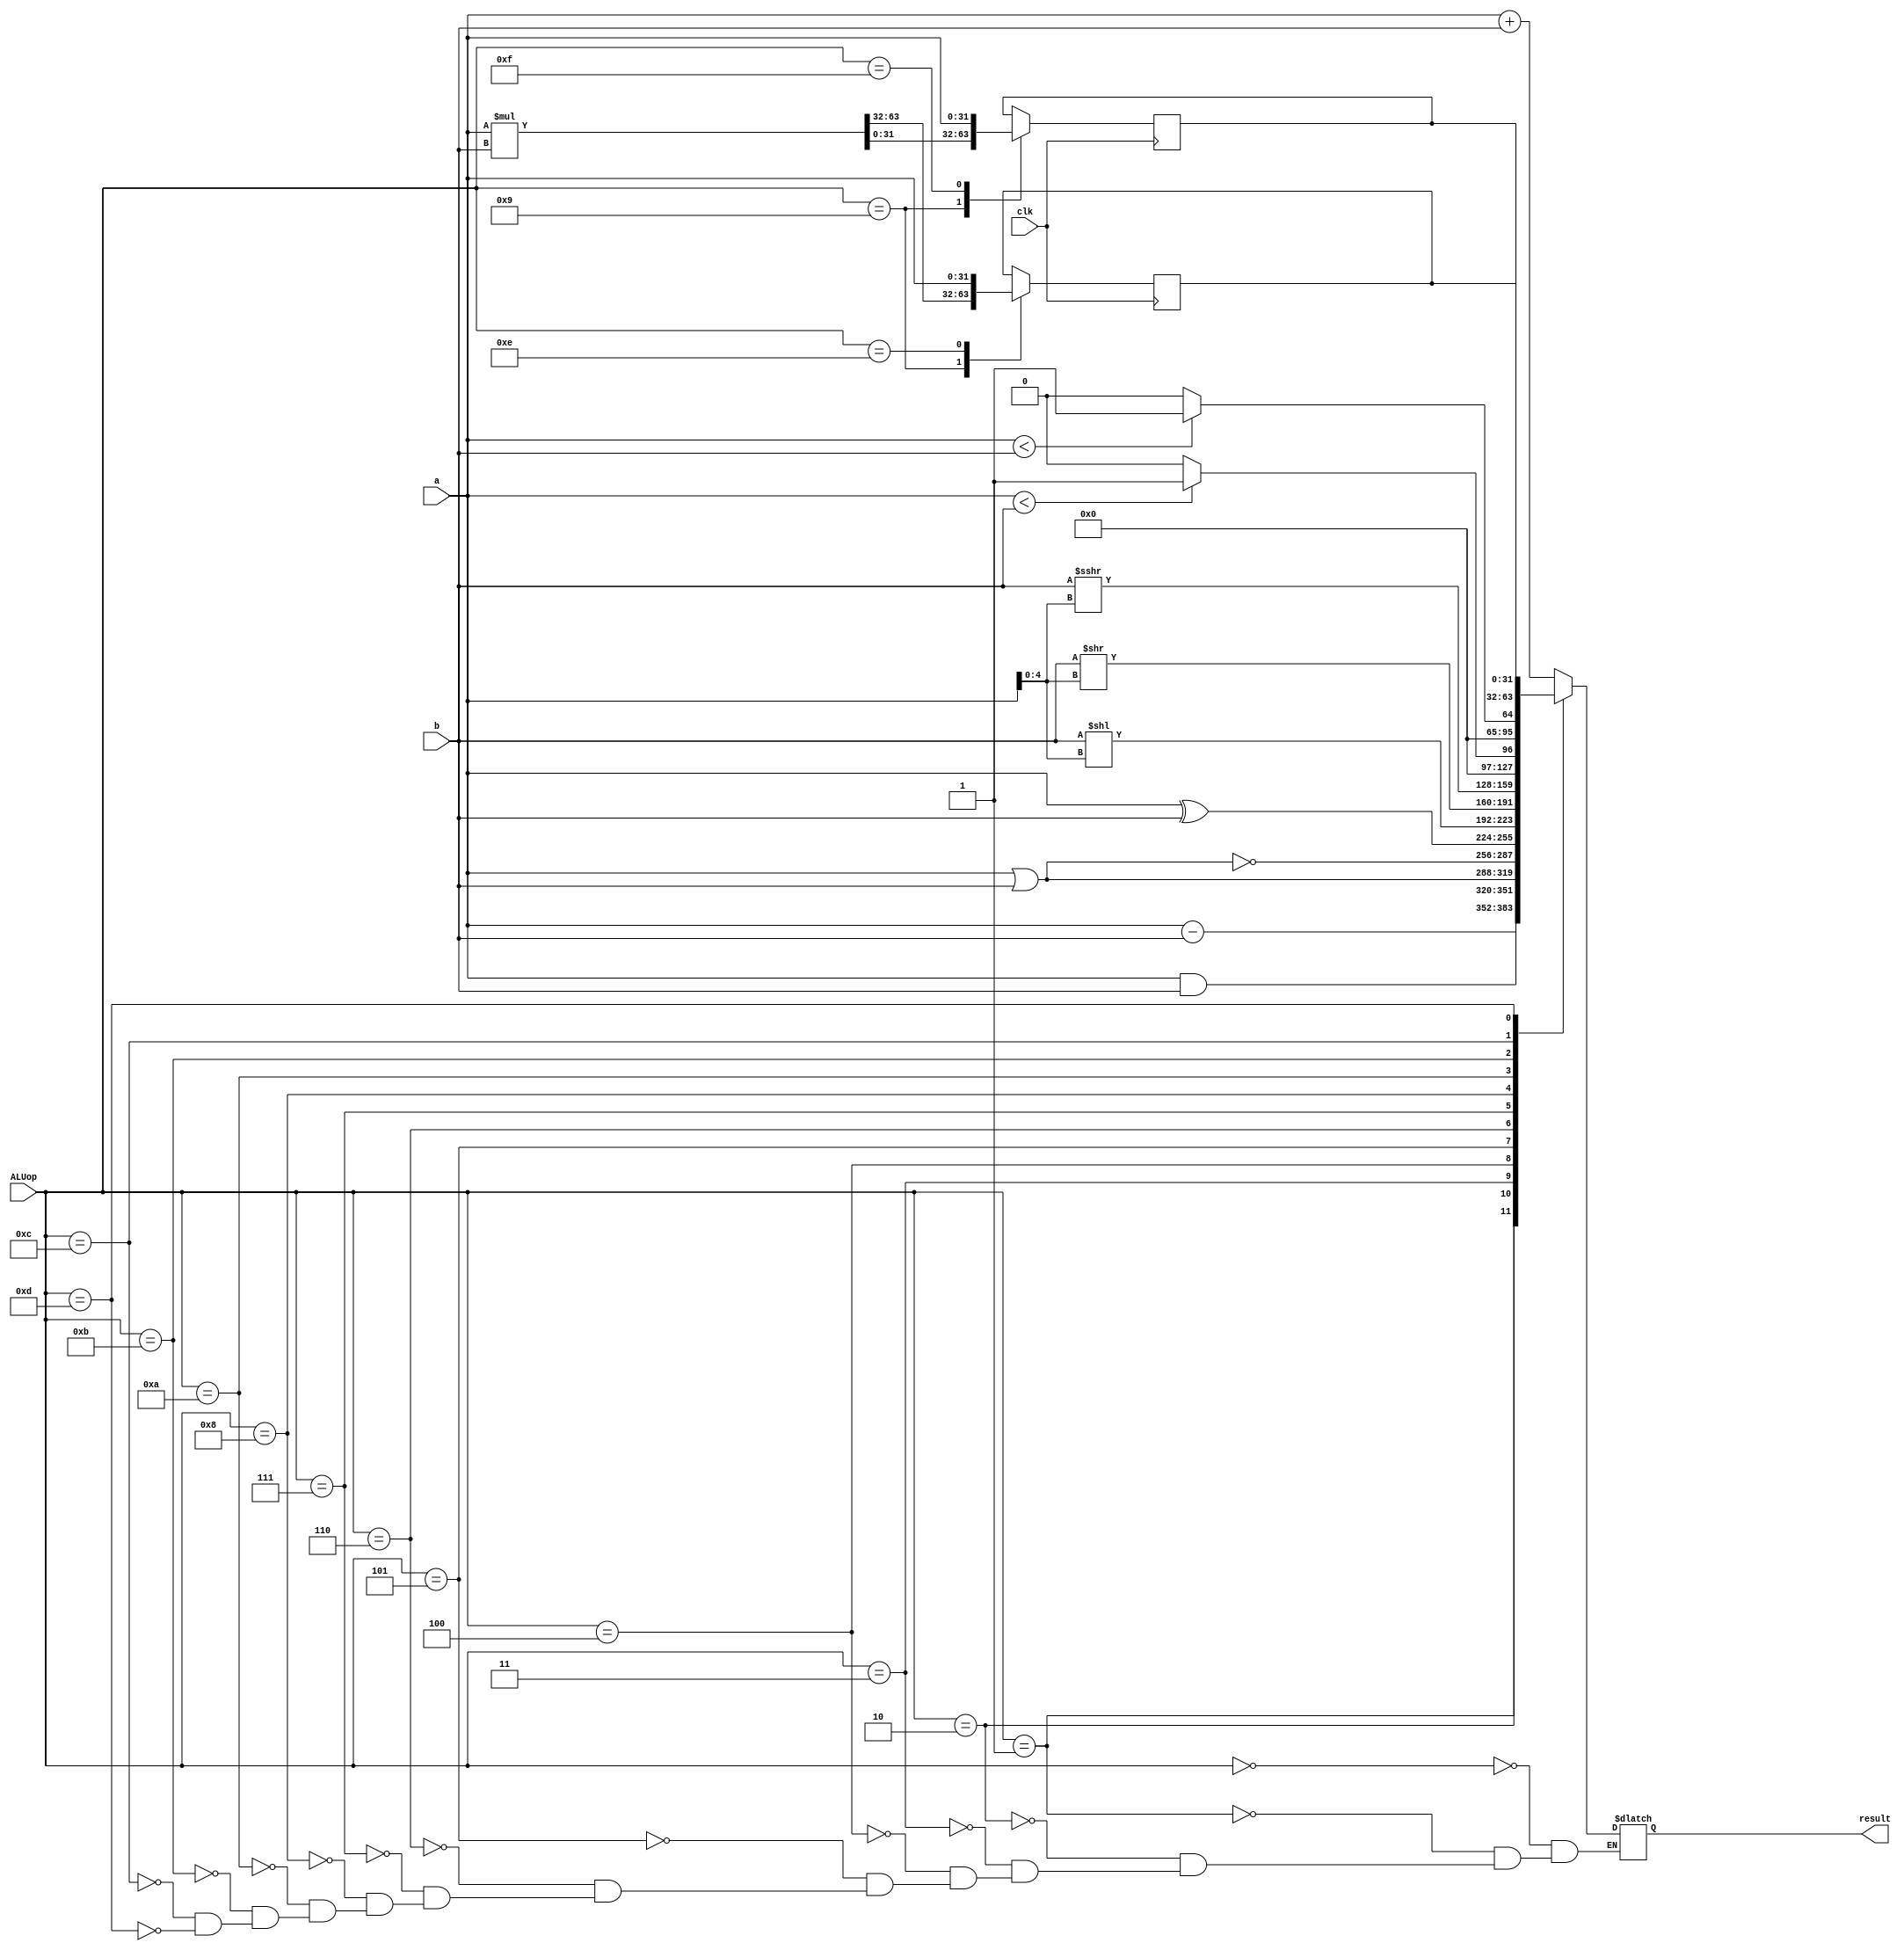
module alu (ALUop, a, b, result, clk);
	input 	[3:0] 	ALUop;
	input 	[31:0] 	a, b;
	input clk;

	output reg 	[31:0] 	result;

	reg [63:0] 	tem64;
	reg [31:0]	HI, LO;

	initial begin
		HI <= 32'h0000_0000;
		LO <= 32'h0000_0000;
	end

	always @ ( ALUop or a or b ) begin
		case (ALUop)
			4'b0000: result <= a + b;// add|addu;
			4'b0001: result <= a - b;// sub|subu;
			4'b0010: result <= a & b;// and|andi;
			4'b0011: result <= a | b;// or|ori;
			4'b0100: result <= ~(a | b);// nor;
			4'b0101: result <= a ^ b;// xor|xori;
			4'b0110: result <= b << a[4:0];// sll;
			4'b0111: result <= b >> a[4:0];// srl|srlv;
			4'b1000: result <= $signed(b) >>> a[4:0];// sra|srav;

			4'b1010: result <= (a < b)? 1: 0;// sltu|sltiu;
			4'b1011: result <= ($signed(a) < $signed(b))? 1: 0;// slt|slti;

			4'b1100: result = LO[31:0];// mflo;
			4'b1101: result = HI[31:0];// mfhi;
		endcase
	end

	always @ ( posedge clk ) begin
		case (ALUop)
			4'b1001: {HI, LO} = $signed(a) * $signed(b);
			4'b1110: HI = a[31:0];//mthi;
			4'b1111: LO = a[31:0];//mtlo;
		endcase
	end

endmodule